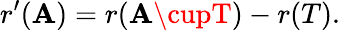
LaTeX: r^{\prime}(\mathbf{A})=r(\mathbf{A}\cupT)-r(T).